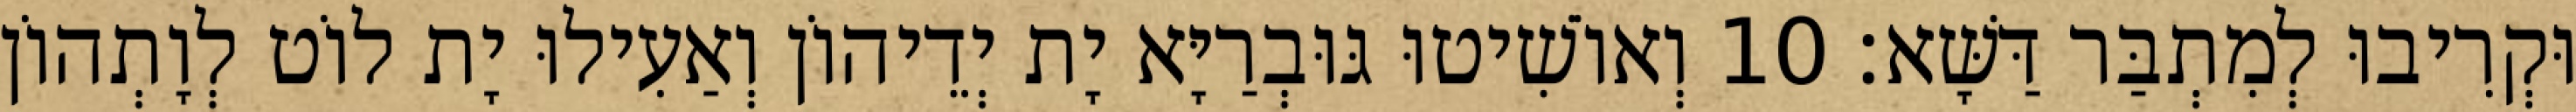
וּקְרִיבוּ לְמִתְבַּר דַּשָּׁא׃ 10 וְאוֹשִׁיטוּ גּוּבְרַיָּא יָת יְדֵיהוֹן וְאַעִילוּ יָת לוֹט לְוָתְהוֹן